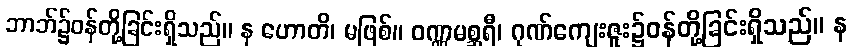
ဘာဘ်၌ဝန်တို့ခြင်းရှိသည်။ န ဟောတိ၊ မဖြစ်။ ဝဏ္ဏမစ္ဆရီ၊ ဂုဏ်ကျေးဇူး၌ဝန်တို့ခြင်းရှိသည်။ န